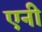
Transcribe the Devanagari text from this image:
एनीं